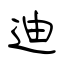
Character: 迪